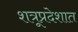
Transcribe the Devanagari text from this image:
शत्रूप्रदेशात